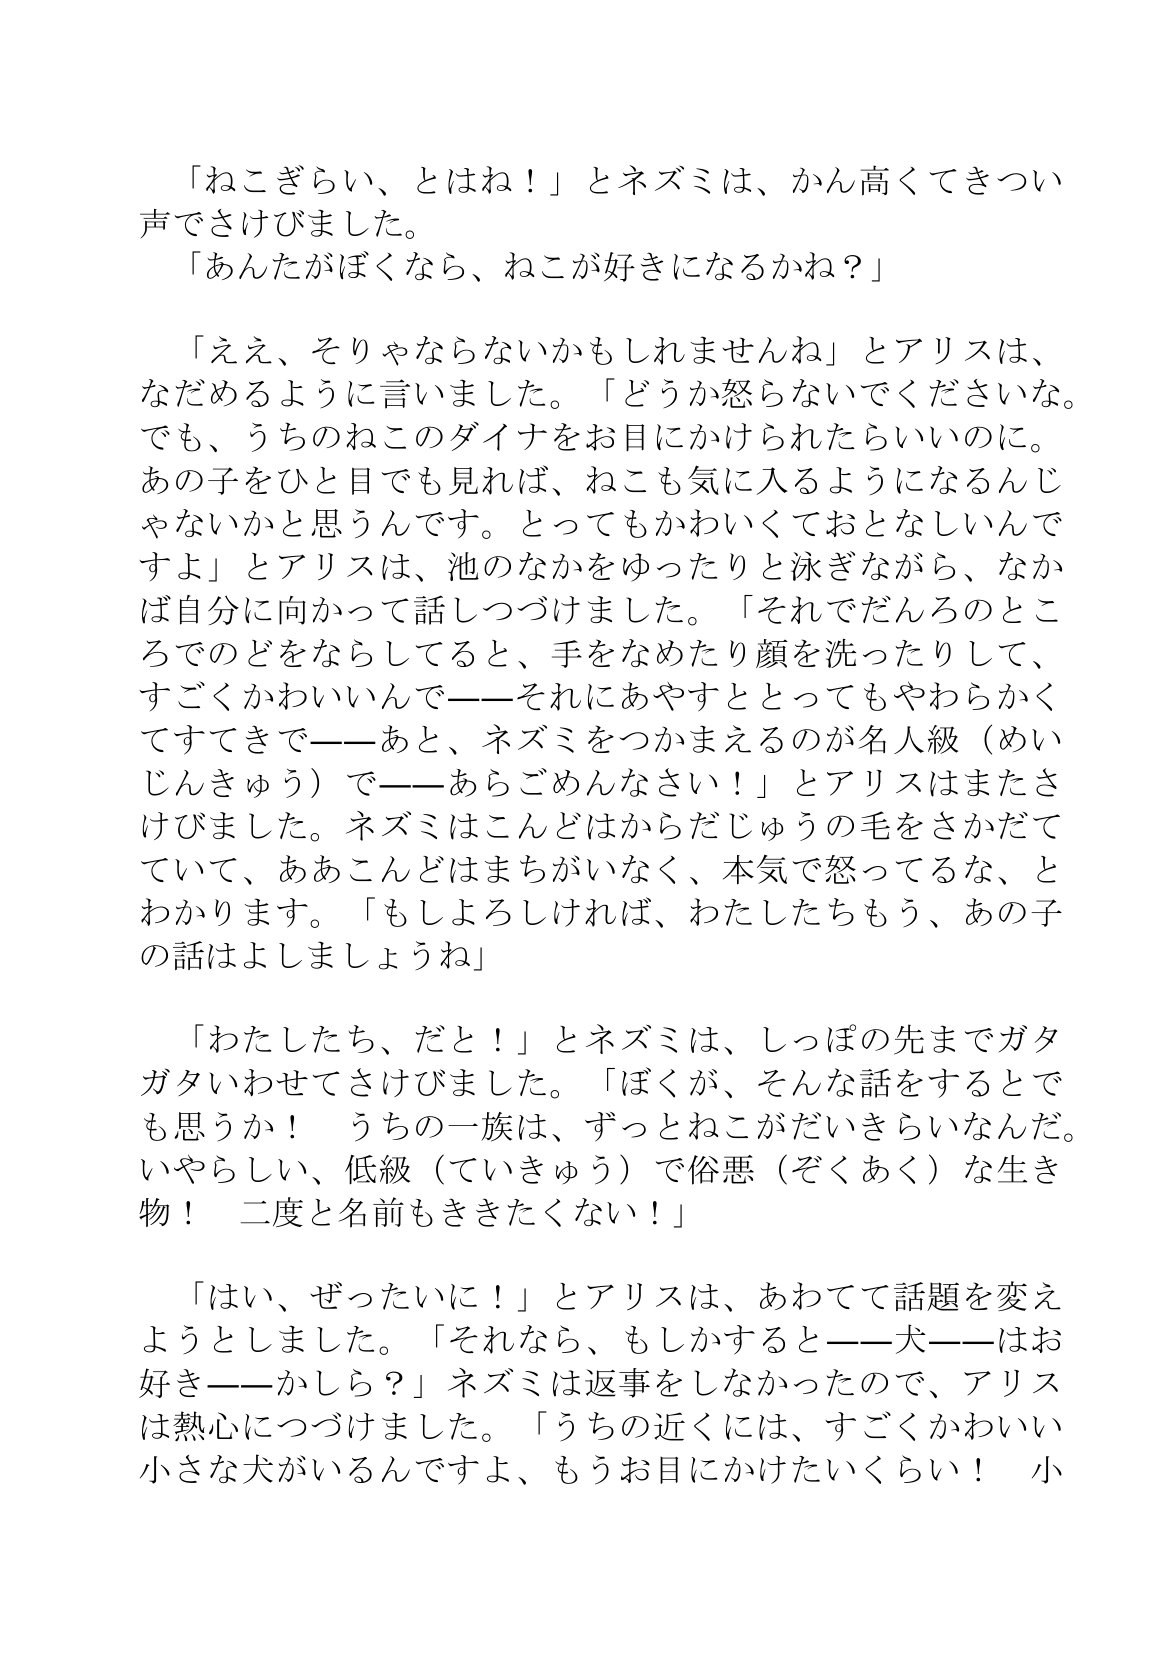
Language: ja